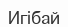
Игібай